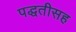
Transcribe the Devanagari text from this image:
पद्धतीसह